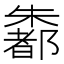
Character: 𪴄